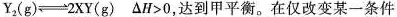
$$Y_{2} ( g ) \rightleftharpoons 2 X Y ( g )$$ $$△ H > 0$$，达到甲平衡。在仅改变某一条件